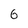
Character: 6